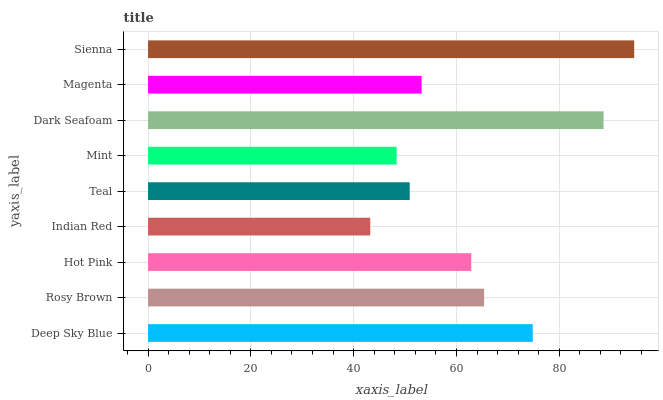
| yaxis_label | bars |
 | --- | --- |
 | Deep Sky Blue | 74.8 |
 | Rosy Brown | 65.4 |
 | Hot Pink | 62.9 |
 | Indian Red | 43.2 |
 | Teal | 50.9 |
 | Mint | 48.4 |
 | Dark Seafoam | 88.6 |
 | Magenta | 53.2 |
 | Sienna | 94.6 |